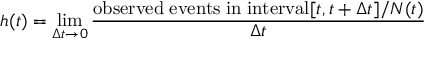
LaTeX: h ( t ) = \operatorname* { l i m } _ { \Delta t \rightarrow 0 } { \frac { \mathrm { o b s e r v e d \; e v e n t s \; i n \; i n t e r v a l } [ t , t + \Delta t ] / N ( t ) } { \Delta t } }